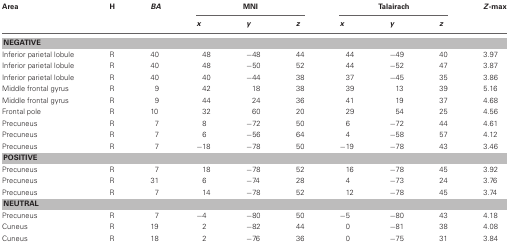
<table><thead><tr><td><b>Area</b></td><td><b>H</b></td><td><b><i>BA</i></b></td><td colspan="3"><b>MNI</b></td><td colspan="3"><b>Talairach</b></td><td><b><i>Z</i>-max</b></td></tr><tr><td></td><td></td><td></td><td><b><i>x</i></b></td><td><b><i>y</i></b></td><td><b><i>z</i></b></td><td><b><i>x</i></b></td><td><b><i>y</i></b></td><td><b><i>z</i></b></td><td></td></tr></thead><tbody><tr><td colspan="10"><b>NEGATIVE</b></td></tr><tr><td>Inferior parietal lobule</td><td>R</td><td>40</td><td>48</td><td>−48</td><td>44</td><td>44</td><td>−49</td><td>40</td><td>3.97</td></tr><tr><td>Inferior parietal lobule</td><td>R</td><td>40</td><td>48</td><td>−50</td><td>52</td><td>44</td><td>−52</td><td>47</td><td>3.87</td></tr><tr><td>Inferior parietal lobule</td><td>R</td><td>40</td><td>40</td><td>−44</td><td>38</td><td>37</td><td>−45</td><td>35</td><td>3.86</td></tr><tr><td>Middle frontal gyrus</td><td>R</td><td>9</td><td>42</td><td>18</td><td>38</td><td>39</td><td>13</td><td>39</td><td>5.16</td></tr><tr><td>Middle frontal gyrus</td><td>R</td><td>9</td><td>44</td><td>24</td><td>36</td><td>41</td><td>19</td><td>37</td><td>4.68</td></tr><tr><td>Frontal pole</td><td>R</td><td>10</td><td>32</td><td>60</td><td>20</td><td>29</td><td>54</td><td>25</td><td>4.56</td></tr><tr><td>Precuneus</td><td>R</td><td>7</td><td>8</td><td>−72</td><td>50</td><td>6</td><td>−72</td><td>44</td><td>4.61</td></tr><tr><td>Precuneus</td><td>R</td><td>7</td><td>6</td><td>−56</td><td>64</td><td>4</td><td>−58</td><td>57</td><td>4.12</td></tr><tr><td>Precuneus</td><td>R</td><td>7</td><td>−18</td><td>−78</td><td>50</td><td>−19</td><td>−78</td><td>43</td><td>3.46</td></tr><tr><td colspan="10"><b>POSITIVE</b></td></tr><tr><td>Precuneus</td><td>R</td><td>7</td><td>18</td><td>−78</td><td>52</td><td>16</td><td>−78</td><td>45</td><td>3.92</td></tr><tr><td>Precuneus</td><td>R</td><td>31</td><td>6</td><td>−74</td><td>28</td><td>4</td><td>−73</td><td>24</td><td>3.76</td></tr><tr><td>Precuneus</td><td>R</td><td>7</td><td>14</td><td>−78</td><td>52</td><td>12</td><td>−78</td><td>45</td><td>3.74</td></tr><tr><td colspan="10"><b>NEUTRAL</b></td></tr><tr><td>Precuneus</td><td>R</td><td>7</td><td>−4</td><td>−80</td><td>50</td><td>−5</td><td>−80</td><td>43</td><td>4.18</td></tr><tr><td>Cuneus</td><td>R</td><td>19</td><td>2</td><td>−82</td><td>44</td><td>0</td><td>−81</td><td>38</td><td>4.08</td></tr><tr><td>Cuneus</td><td>R</td><td>18</td><td>2</td><td>−76</td><td>36</td><td>0</td><td>−75</td><td>31</td><td>3.84</td></tr></tbody></table>